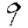
Digit: 9